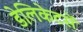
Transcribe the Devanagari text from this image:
डेलिकेटसें